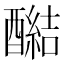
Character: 𰼔